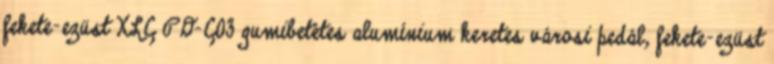
fekete-ezüst XLC PD-C03 gumibetétes alumínium keretes városi pedál, fekete-ezüst